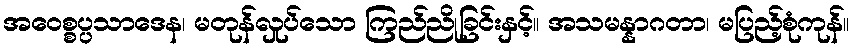
အဝေစ္စပ္ပသာဒေန၊ မတုန်လှုပ်သော ကြည်ညိုခြင်းနှင့်။ အသမန္နာဂတာ၊ မပြည့်စုံကုန်။